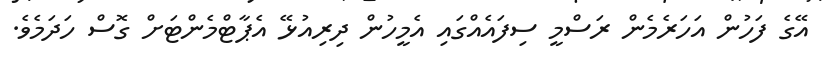
އޭގެ ފަހުން އަހަރެމެން ރަސްމީ ސިފައެއްގައި އެމީހުން ދިރިއުޅޭ އެޕާޓްމެންޓަށް ގޮސް ހަދަމެވެ.